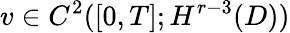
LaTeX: v\in C^{2}([0,T];H^{r-3}(D))